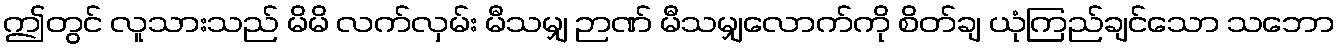
ဤတွင် လူသားသည် မိမိ လက်လှမ်း မီသမျှ ဉာဏ် မီသမျှလောက်ကို စိတ်ချ ယုံကြည်ချင်သော သဘော